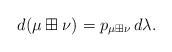
LaTeX: \begin{align*}d(\mu\boxplus\nu)_{}=p_{\mu\boxplus\nu}\,d\lambda.\end{align*}